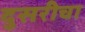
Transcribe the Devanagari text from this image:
दुसरीचा